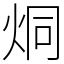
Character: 烔